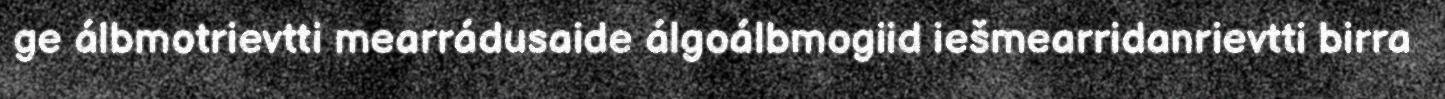
ge álbmotrievtti mearrádusaide álgoálbmogiid iešmearridanrievtti birra